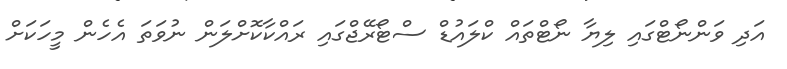
އަދި ވަންނޯޓްގައި ލިޔާ ނޯޓްތައް ކްލައުޑް ސްޓޯރޭޖްގައި ރައްކާކޮށްލަން ނުވަތަ އެހެން މީހަކަށް